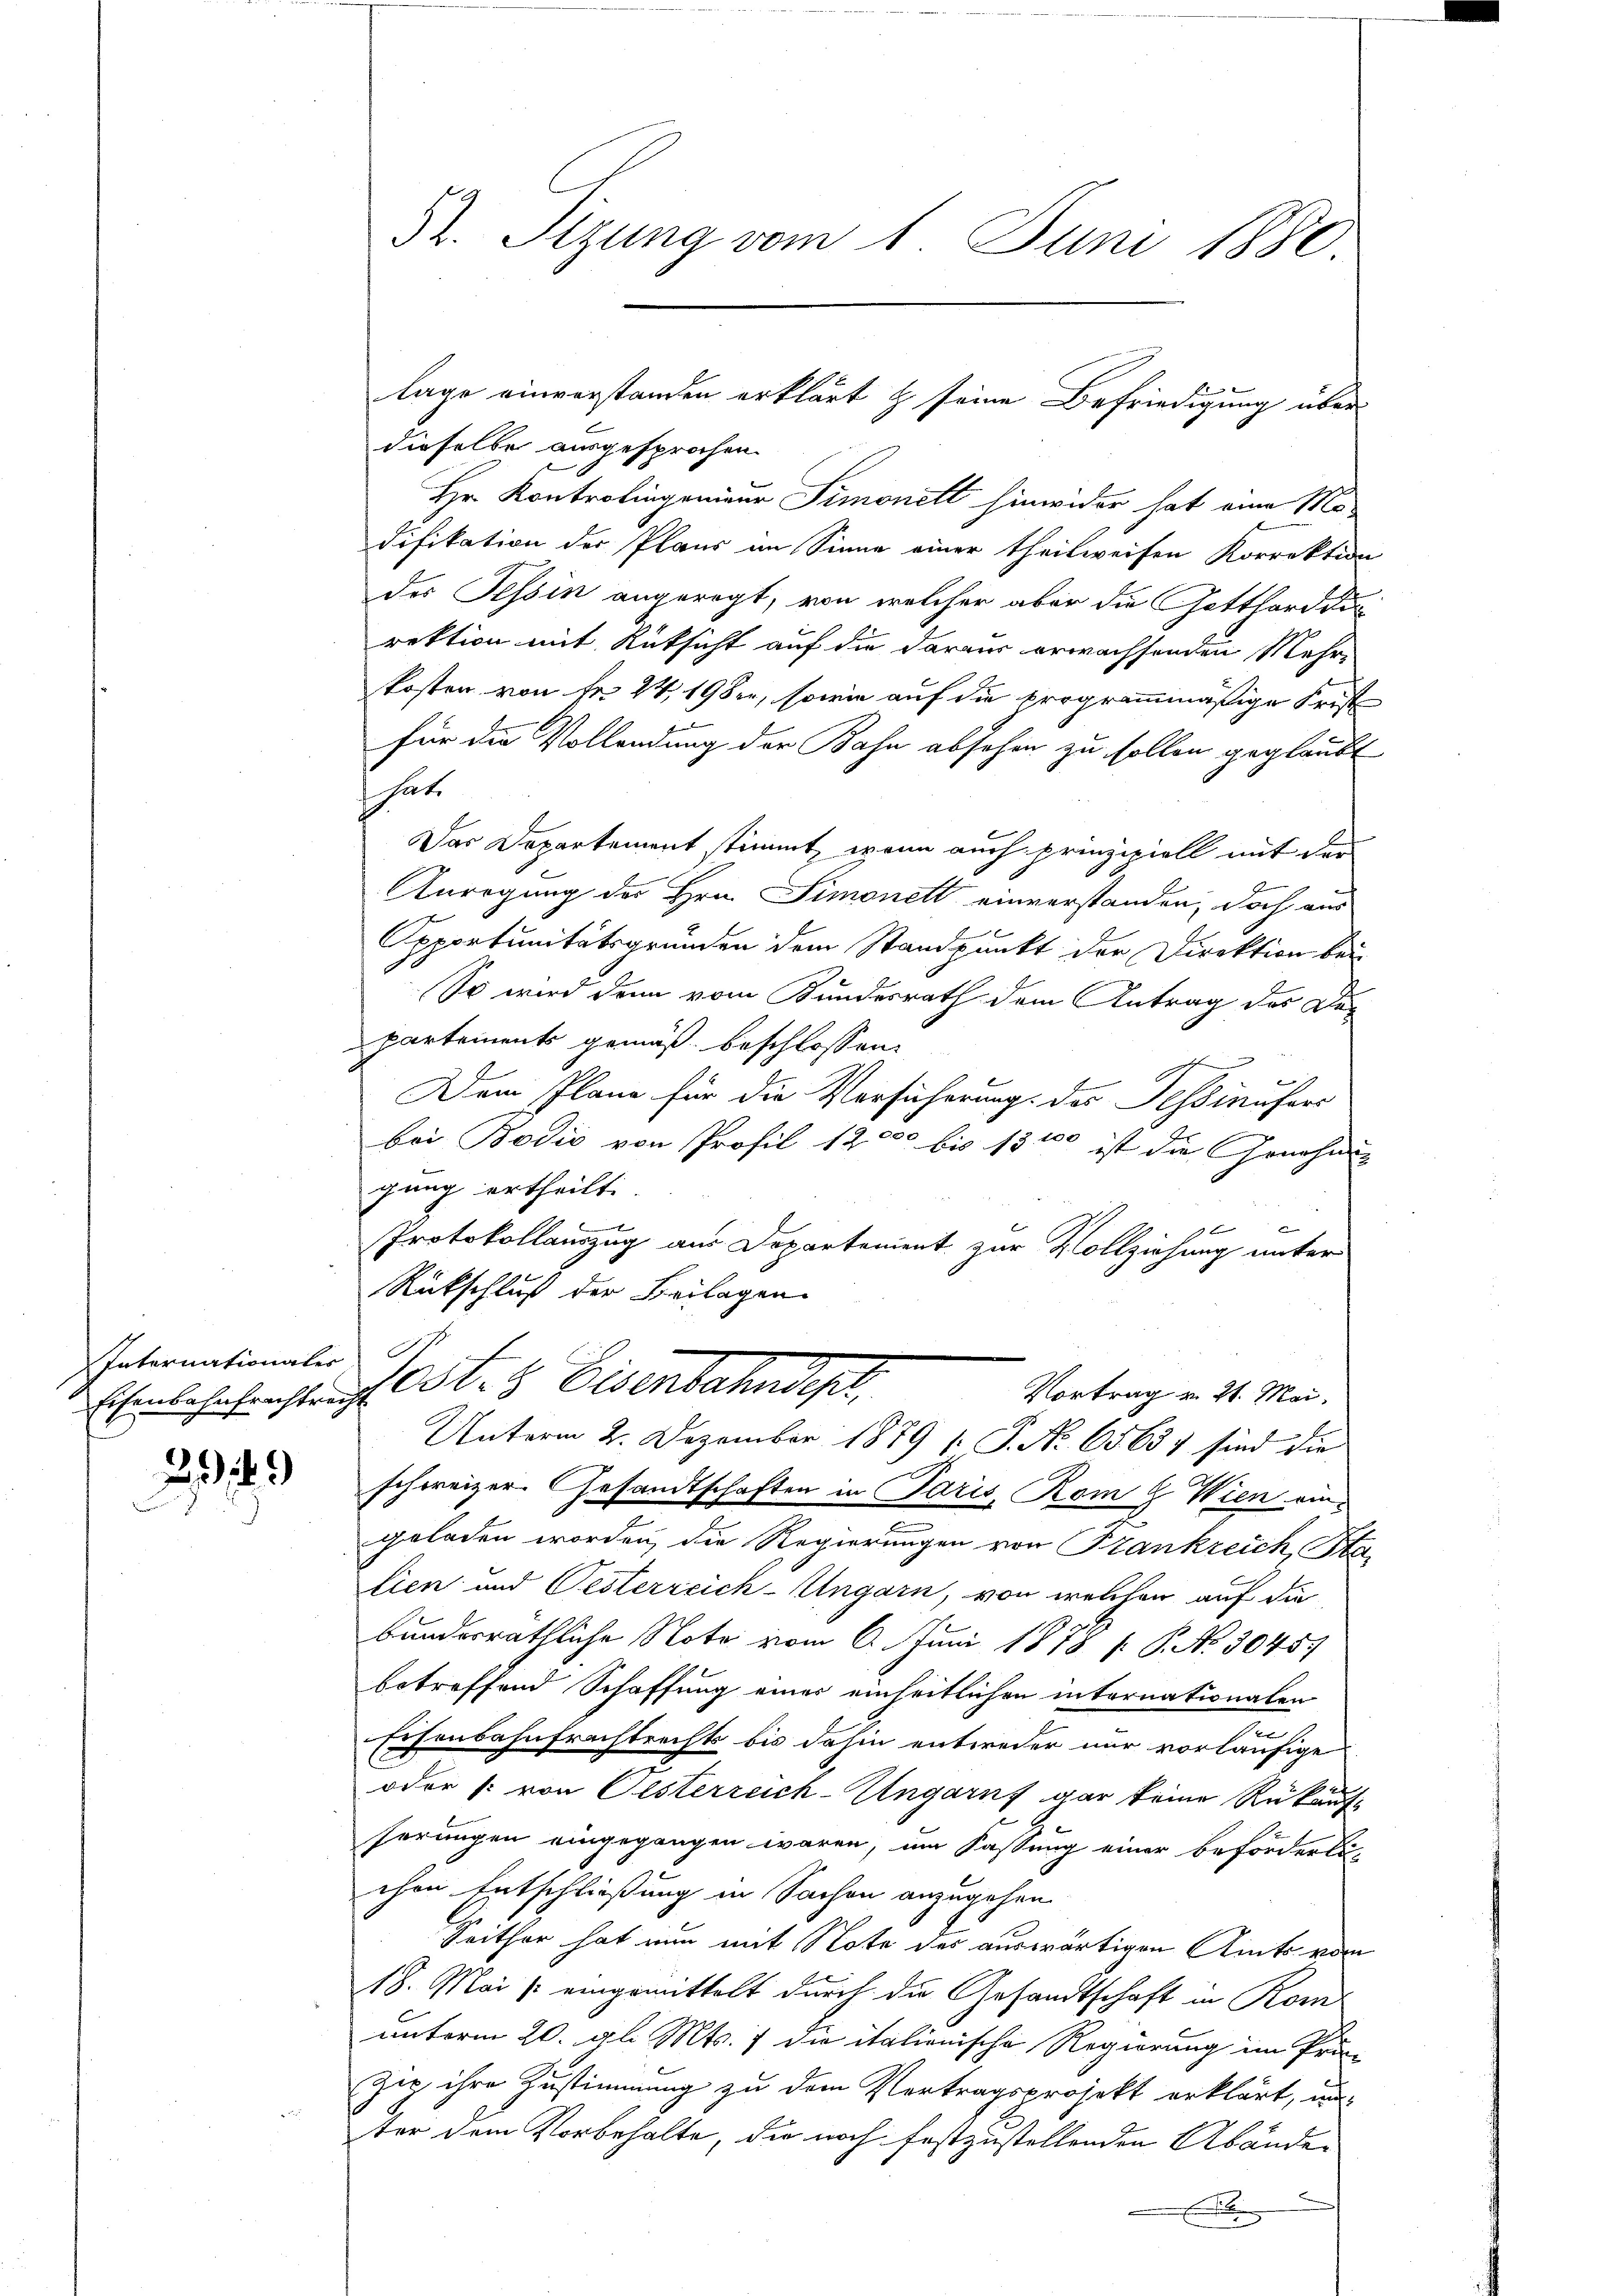
Internationaler

289
n

Dr. Sizung vom 1. Juni 1880.

dieselbe ausgesprochen.
Hr. Kontrolingenieur Simonett hinwider hat eine Mo-
difikation der Plans an Sinne einer theilweisen Korrektion
des Tessin angeregt, von welcher aber die Gotthard di
rektion mit Rücksicht auf die daraus erwachsenden Mehr-
kosten von Fr. 24. 19 der, sowie auf die programmmäßige Frist
7
für die Vollendung der Bahn absehen zu sollen geglaubt
s hat.
Das Departement stimmt, wenn auch prinzipiell mit der
Anregung des Hrn. Simonett einverstanden, doch aus
Apportunitätsgründen dem Standpunkt der Direktion bei
So wird denn vom Bundesrath dem Antrag des Departements gemäß beschlossen:
e
Dem Plane für die Vorsicherung des Tessinufers
bei Bodić von Profil 12000 bis 13 t
 ist die Genehmig
gung ertheilt.
t
x
Protokollauszug aus Departement zur Vollziehung unter
Rückschluß der Beilagen
Eisenbesehenstricht St. 8 Eisenbahndept.
Vortrag v. 21. Mai.
Unterm 2. Dezember 1879 [ P. Nr. 65637 sind die
schweizer. Gesandtschaften in Paris Rom 9. Wien eingeladen worden, die Regierungen von Frankreich, Sta
lien und Oesterreich-Ungarn, von welchen auf die
bunderräthliche Note vom 6. Juni 1878 f. P. Nr. 30459
betreffend Schaffung einer einheitlichen internationalen
e
Eisenbahnfrachtrechts bis dahin entweder nur vorläufige
oder von Oesterreich-Ungarns gar keine Rükauf-
serungen eingegangen waren, um Fassung einer beförderli
chen Entschließung in Sachen anzugehen.
Seither hat nun mit Note des auswärtigen Amts vom
18. Mai / eingemittelt durch die Gesandtschaft in Rom
unterm 20. al. Mts. 7 die italienische Regierung im Prä-
Zey ihre Zustimmung zu dem Vertragsprojekt erklärt, un
ter dem Vorbehalte, die noch festzustellenden Abände-

lage einverstanden erklärt & seine Befriedigung über-